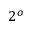
2 ^ { o }